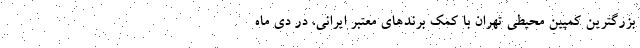
بزرگترین کمپین محیطی تهران با کمک برند‌های معتبر ایرانی، در دی ماه